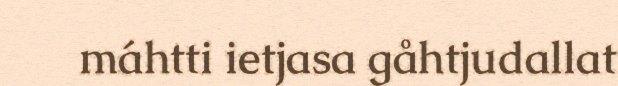
máhtti ietjasa gåhtjudallat